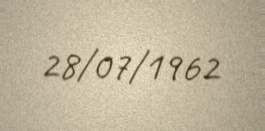
28/07/1962